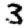
Digit: 3